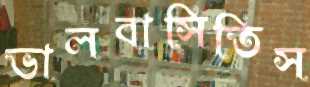
ভালবাসিতিস